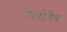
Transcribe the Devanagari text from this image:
फेदोरोविच